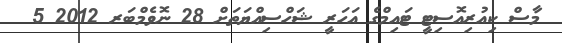
މާސް ކިއުރިއޮސިޓީ ޓައިމްގެ އަހަރީ ޝަހްސިއްޔަތަށް 28 ނޮވެމްބަރ 2012 5